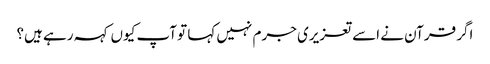
اگر قرآن نے اسے تعزیری جرم نہیں کہا تو آپ کیوں کہہ رہے ہیں؟